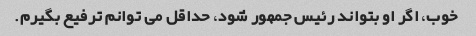
خوب، اگر او بتواند رئیس جمهور شود، حداقل می توانم ترفیع بگیرم.